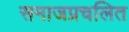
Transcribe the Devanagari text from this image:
समाजप्रचलित